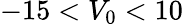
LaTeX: -15<V_{0}<10